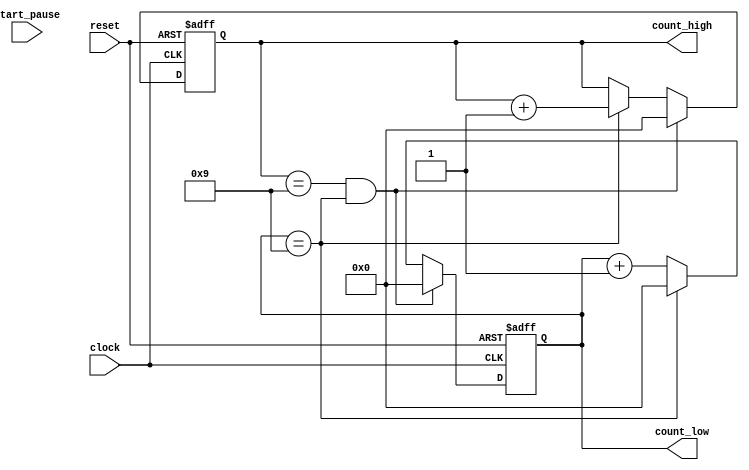
`timescale 1ns / 1ps
//////////////////////////////////////////////////////////////////////////////////
// Company: 
// Engineer: 
// 
// Design Name: 
// Module Name:    CounterTo99 
// Project Name: 
// Target Devices: 
// Tool versions: 
// Description: 
//
// Dependencies: 
//
// Revision: 
// Revision 0.01 - File Created
// Additional Comments: 
//
//////////////////////////////////////////////////////////////////////////////////
module CounterTo99 (count_high,count_low,clock,reset,start_pause);
output reg [3:0] count_high, count_low;
input clock,reset,start_pause;

always @ ( posedge clock or negedge reset)
if(reset==0)
begin
count_high <= 0;
count_low <=0;
end

else
	if(count_high==4'd9 && count_low==4'd9)
	begin
	count_high <= 0;
	count_low <=0;
	end
	else if(count_low==4'd9)
	begin
		count_high <= count_high+1;
		count_low <=0;
	end
	else
	count_low<=count_low+1;
	
endmodule